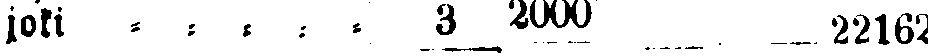
joki - - - - - 3 2000 22162